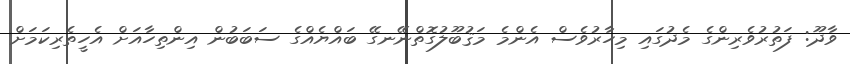
ވާދޫ: ފަތުރުވެރިންގެ މެދުގައި މިހާރުވެސް އެންމެ މަޤުބޫލުގޮތްނޭނގޭ ބައްޔެއްގެ ސަބަބުން އިންތިހާއަށް އެހީތެރިކަމަށް